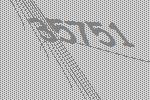
35751